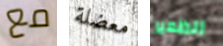
مع معضلة الظهير